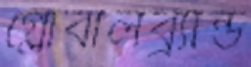
গ্লোবালব্র্যান্ড